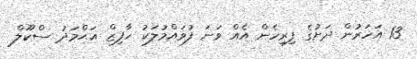
13 އަހަރުން ދަށުގެ ފިރިހެން އެއް ވަނަ ފުވައްމުލަކު ހާފިޒް އަޙްމަދު ސްކޫލް